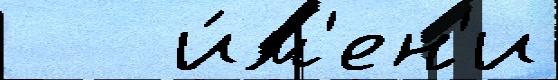
   и́м'ен'и